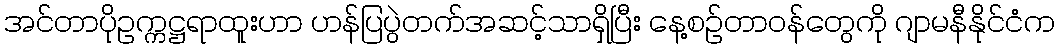
အင်တာပိုဥက္ကဋ္ဌရာထူးဟာ ဟန်ပြပွဲတက်အဆင့်သာရှိပြီး နေ့စဉ်တာဝန်တွေကို ဂျာမနီနိုင်ငံက